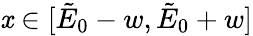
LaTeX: \mathit{x}\in[\tilde{{E}}_{0}-w,\tilde{{E}}_{0}+w]